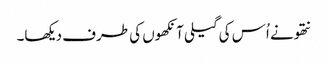
نتھو نے اُس کی گیلی آنکھوں کی طرف دیکھا۔